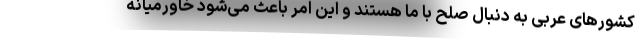
کشورهای عربی به دنبال صلح با ما هستند و این امر باعث می‌شود خاورمیانه